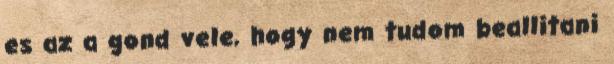
es az a gond vele, hogy nem tudom beallitani